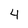
Character: 4